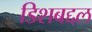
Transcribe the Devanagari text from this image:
डिशबद्दल